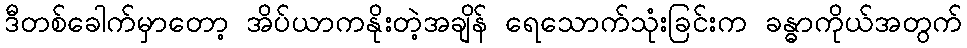
ဒီတစ်ခေါက်မှာတော့ အိပ်ယာကနိုးတဲ့အချိန် ရေသောက်သုံးခြင်းက ခန္ဓာကိုယ်အတွက်